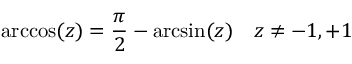
\operatorname { a r c c o s } ( z ) = { \frac { \pi } { 2 } } - \arcsin ( z ) \quad z \neq - 1 , + 1